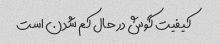
کیفیت گوش در حال کم شدن است